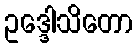
ဥဒ္ဒေါသိတော